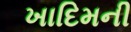
ખાદિમની